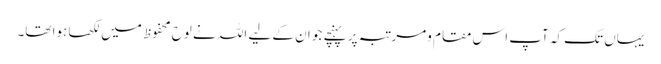
یہاں تک کہ آپ اس مقام ومرتبہ پر پہنچے جو ان کے لیے اللہ نے لوح محفوظ میں لکھا ہوا تھا۔